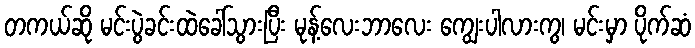
တကယ်ဆို မင်းပွဲခင်းထဲခေါ်သွားပြီး မုန့်လေးဘာလေး ကျွေးပါလားကွ၊ မင်းမှာ ပိုက်ဆံ